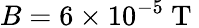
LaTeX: B=6\times 10^{-5}\mathrm{~T~}